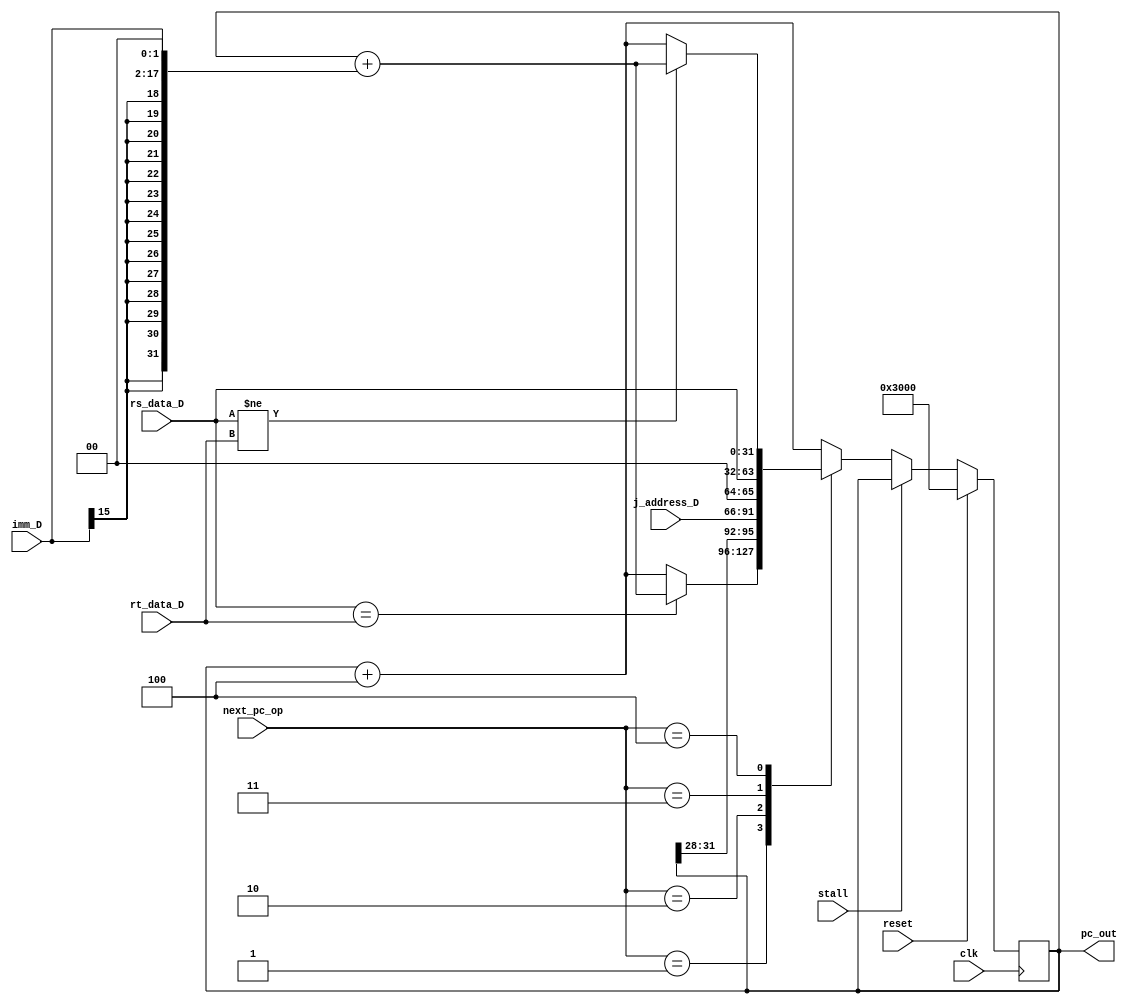
module PC (
    input clk,
    input reset,

    input [2:0] next_pc_op,
    input       stall,

    input [31:0] rs_data_D,
    input [31:0] rt_data_D,
    input [15:0] imm_D,
    input [25:0] j_address_D,

    output [31:0] pc_out
);
    reg [31:0] pc;  //pc_F
    reg [31:0] next_pc;

    assign pc_out = pc;

    always @(*) begin
        if (stall) next_pc = pc;
        else begin
            case (next_pc_op)
                3'd1:  //beq rs==rt pc<-pc+4+sign_ext_offset||00
                next_pc = (rs_data_D == rt_data_D) ? pc + {{14{imm_D[15]}}, imm_D, 2'b00} : pc + 32'd4;
                3'd2:  //jal PC31..28 || instr_index || 0^2 
                next_pc = {pc[31:28], j_address_D, 2'b00};
                3'd3:  //jr PC <- GPR[rs]
                next_pc = rs_data_D;
                3'd4:  //bne
                next_pc = (rs_data_D != rt_data_D) ? pc + {{14{imm_D[15]}}, imm_D, 2'b00} : pc + 32'd4;
                default: next_pc = pc + 32'd4;
            endcase
        end
    end

    always @(posedge clk) begin
        if (reset) begin
            pc <= 32'h3000;
        end else begin
            pc <= next_pc;
        end
    end

endmodule